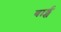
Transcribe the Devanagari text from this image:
बार्ड्स